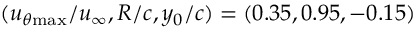
( u _ { \theta \mathrm { { m a x } } } / u _ { \infty } , R / c , y _ { 0 } / c ) = ( 0 . 3 5 , 0 . 9 5 , - 0 . 1 5 )